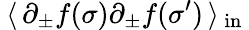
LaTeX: \: \langle\, \partial_{\pm}f(\sigma)\partial_{\pm}f(\sigma^{\prime})\, \rangle\, _{\mathrm{{in}}}\: